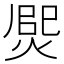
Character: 㷗